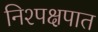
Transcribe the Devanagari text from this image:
निश्पक्षपात